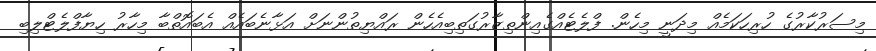
މިސަރުކާރުގެ ހުރިހަކަމެއް މިދަނީ މިހެން. ފްލެޓެއްގެއިންތިޒާރުގަތިބިއެހެން ރައްޔިތުންނަށް އަޅާނެބައެއް އެބައޮތްބާ މިހާރު ހިޔާފްލެޓްލިބި